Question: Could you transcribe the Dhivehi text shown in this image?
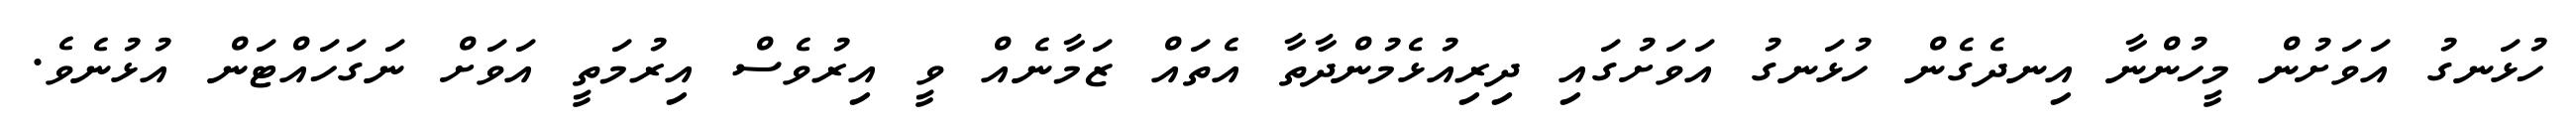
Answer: ހުޅަނގު އަވަށުން މީހުންނާ އިނދެގެން ހުޅަނގު އަވަށުގައި ދިރިއުޅެމުންދާތާ އެތައް ޒަމާނެއް ވީ އިރުވެސް އިރުމަތީ އަވަށް ނަގަހައްޓަން އުޅުނެވެ.